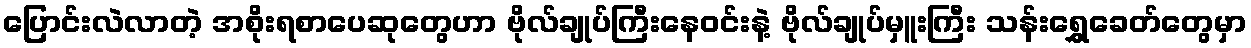
ပြောင်းလဲလာတဲ့ အစိုးရစာပေဆုတွေဟာ ဗိုလ်ချုပ်ကြီးနေဝင်းနဲ့ ဗိုလ်ချုပ်မှူးကြီး သန်းရွှေခေတ်တွေမှာ